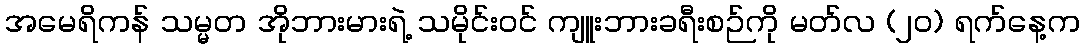
အမေရိကန် သမ္မတ အိုဘားမားရဲ့ သမိုင်းဝင် ကျူးဘားခရီးစဉ်ကို မတ်လ (၂၀) ရက်နေ့က